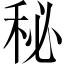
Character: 秘